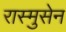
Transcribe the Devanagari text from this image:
रास्मुसेन